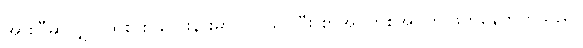
အားပြီဆိုလျှင် ထိုစားပွဲလေးနားမှာ လာထိုင်ပြီး စာအုပ်တစ်အုပ်ကို ဖတ်နေတတ်သည်။